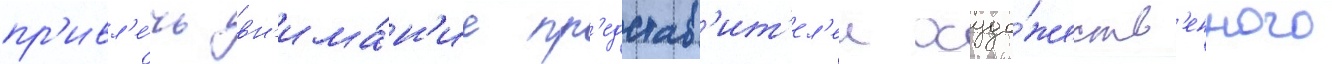
пр'ивл'е́чь вн'има́н'ие пр'едстав'ит'ел'еи худо́жеств'енного